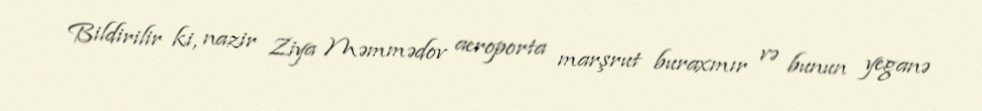
Bildirilir ki, nazir Ziya Məmmədov aeroporta marşrut buraxmır və bunun yeganə